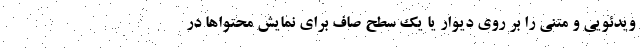
ویدئویی و متنی را بر روی دیوار یا یک سطح صاف برای نمایش محتواها در